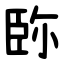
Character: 䑐